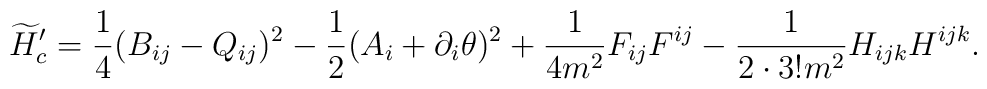
\widetilde{H}'_c = \frac{1}{4}(B_{ij}-Q_{ij})^2-\frac{1}{2}(A_i+\partial_i\theta)^2+\frac{1}{4m^2}F_{ij}F^{ij}-\frac{1}{2\cdot3!m^2}H_{ijk}H^{ijk}.